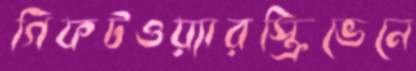
গিফটওয়্যারস্ক্রিভেনে